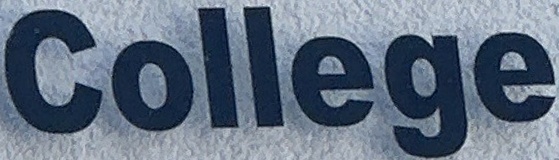
College